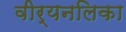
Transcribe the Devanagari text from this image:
वीर्यनलिका